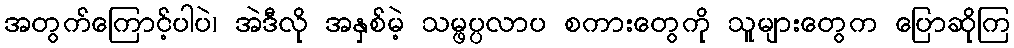
အတွက်ကြောင့်ပါပဲ၊ အဲဒီလို အနှစ်မဲ့ သမ္ဖပ္ပလာပ စကားတွေကို သူများတွေက ပြောဆိုကြ